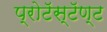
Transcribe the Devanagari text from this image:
प्रोटॅस्टॅण्ट